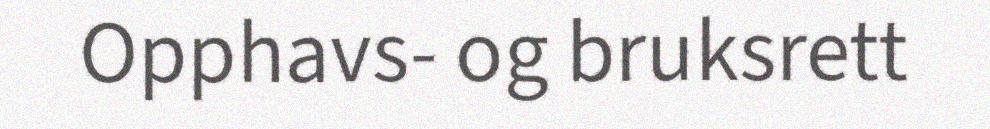
Opphavs- og bruksrett